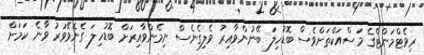
ރިވެޓްމަންޓްގެ މަސްއަކްތަށްވެސް ބޮޑުހިލަ ބޭނުންވާއިރު ވެލިގެނެސް ނިމެންވާއިރަށް ބޮޑުހިލަ ގެނެވޭވަރު ވާނެ ކަމަށް